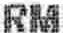
RM